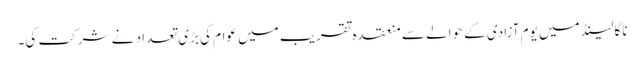
ناگا لینڈ میں یوم آزادی کے حوالے سے منعقدہ تقریب میں عوام کی بڑی تعداد نے شرکت کی۔